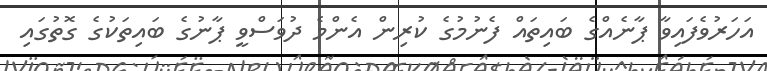
އަހަރުވެފައިވާ ޕާނެއްގެ ބައިތައް ފެނުމުގެ ކުރިން އެންމެ ދުވަސްވީ ޕާނުގެ ބައިތަކުގެ ގޮތުގައި